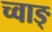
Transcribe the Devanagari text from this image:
च्वाङ्‌